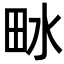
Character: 𤱄